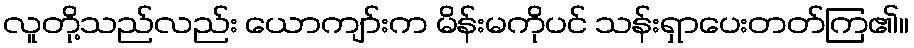
လူတို့သည်လည်း ယောကျာ်းက မိန်းမကိုပင် သန်းရှာပေးတတ်ကြ၏။